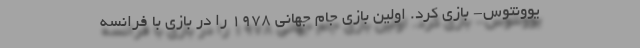
یوونتوس- بازی کرد. اولین بازی جام جهانی 1978 را در بازی با فرانسه